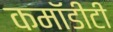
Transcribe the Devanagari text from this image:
कमॉडीटी